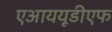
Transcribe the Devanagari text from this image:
एआययूडीएफ